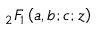
{ } _ { 2 } F _ { 1 } \left( a , b ; c ; z \right)